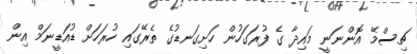
ޗިސްމޭ އޮންނަނީ މައިދާ ގެ ފުރަގަހުން ހަށިގަނޑުގެ ތެރޭގައި ހުރަހަށް ޑުއަޑީނަމް އިން